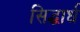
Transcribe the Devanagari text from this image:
सिद्धार्ध